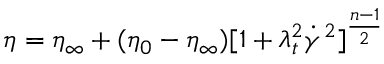
\eta = \eta _ { \infty } + ( \eta _ { 0 } - \eta _ { \infty } ) [ 1 + \lambda _ { t } ^ { 2 } \dot { \gamma } ^ { 2 } ] ^ { \frac { n - 1 } { 2 } }